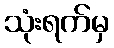
သုံးရက်မှ